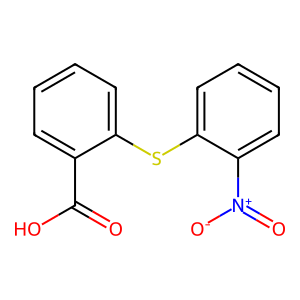
SMILES: O=C(O)c1ccccc1Sc1ccccc1[N+](=O)[O-]
Inhibits HIV replication: No